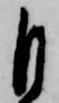
自